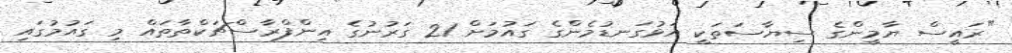
"ރައީސް ޔާމީންގެ ސިޔާސަތަކީ އަޅުގަނޑުމެންގެ ގައުމަށް 21 ގަރުނުގެ އިންފްރާސްޗަކްތާތައް މި ގައުމުގައި